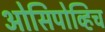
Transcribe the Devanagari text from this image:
ओसिपोव्हिच